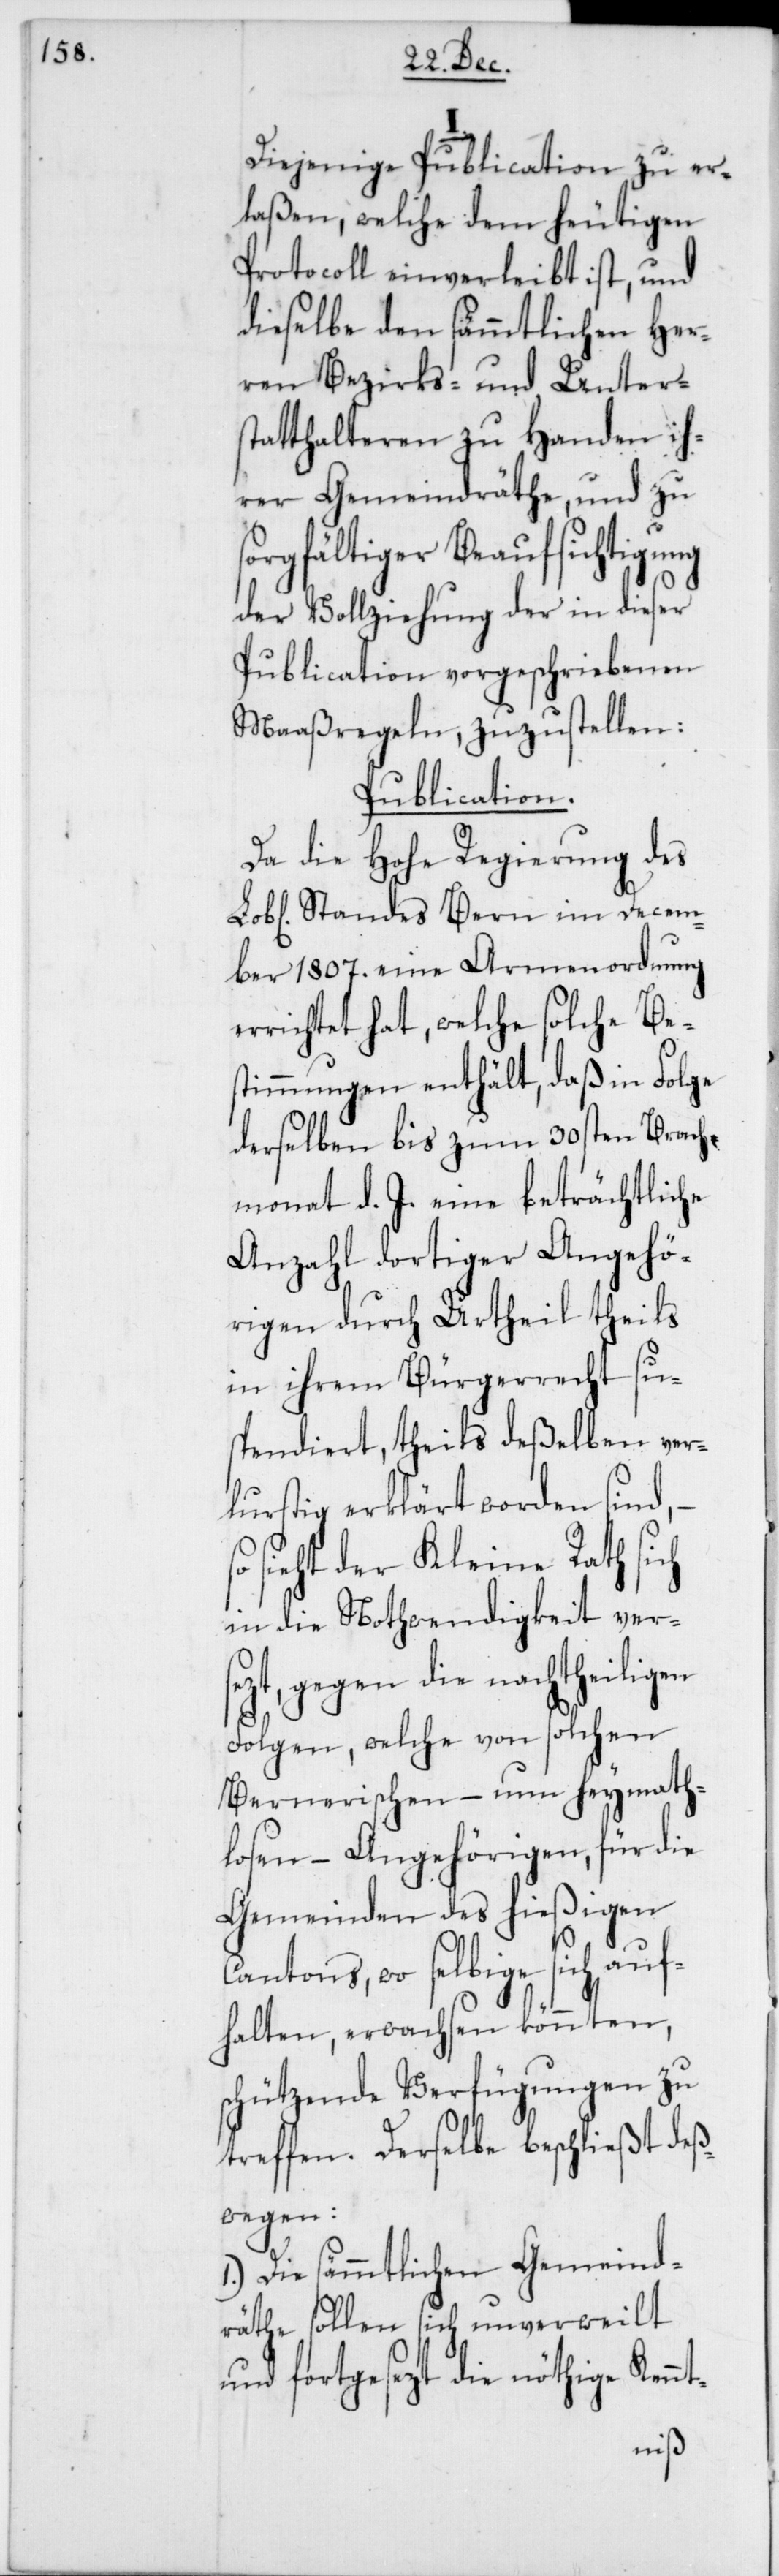
Diejenige Publication zu er¬
laßen, welche dem heutigen
Protocoll einverleibt ist, und
dieselbe den sämmtlichen Her¬
ren Bezirks- und Unters¬
tatthalteren zu Handen ih¬
rer Gemeindräthe, und zu
sorgfältiger Beaufsichtigung
der Vollziehung der in dieser
Publication vorgeschriebenen
Maaßregeln, zuzustellen:
Publication.
Da die Hohe Regierung des
L. Standes Bern im Decem¬
ber 1807. eine Armenordnung
rrichtet hat, welche solche Be¬
stimmungen enthält, daß in Folge
derselben bis zum 30sten Brach¬
monat d. J. eine beträchtliche
Anzahl dortiger Angehö¬
rigen durch Urtheil theils
in ihrem Bürgerrecht su¬
spendiert, theils deßelben ver¬
lustig erklärt worden sind,
o sieht der Kleine Rath si¬
in die Nothwendigkeit verse¬
zt, gegen die nachtheiligen
Folgen, welche von solchen
Bernerischen – nun heymath¬
losen – Angehörigen, für die
en
Gemeinden des hießig¬
Cantons, wo selbige sich auf¬
halten, erwachsen könnten,
schützende Verfügungen zu
treffen. Derselbe beschließt deß¬
wegen:
1.) Die sämmtlichen Gemeind¬
räthe sollen sich unverweilt
ch
Kennt-
und fortgesezt die